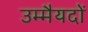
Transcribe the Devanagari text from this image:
उम्मैयदों